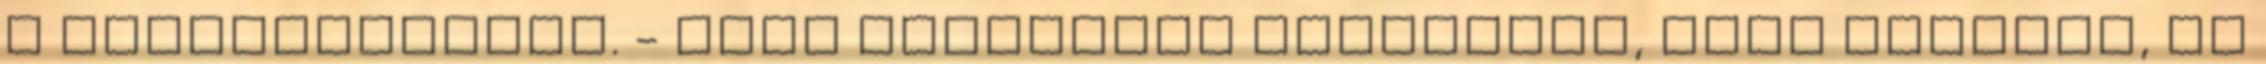
a babácskáimhoz. - Most mindennél fontosabb, hogy nyugodt, és